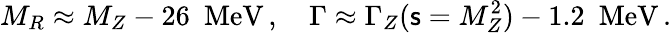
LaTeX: M_{R}\approx M_{Z}-26\, \, \, \mathrm{MeV}\, ,\quad\Gamma\approx\Gamma_{Z}({\mathsf{s}}=M_{Z}^{2})-1.2\, \, \, \mathrm{MeV}\, .